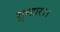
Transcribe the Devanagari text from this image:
तुम्‍हार।।